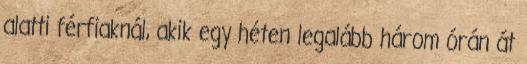
alatti férfiaknál, akik egy héten legalább három órán át